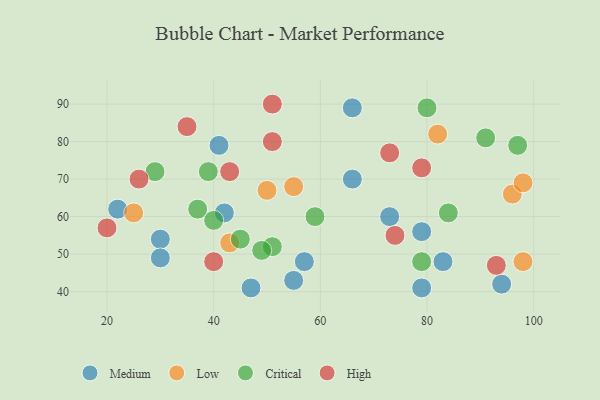
{"axis": {"x": "GDP", "y": "Life Expectancy"}, "legend": ["Critical", "High", "Low", "Medium"], "data": [{"x": "41", "y": 79, "type": "Medium"}, {"x": "30", "y": 54, "type": "Medium"}, {"x": "94", "y": 42, "type": "Medium"}, {"x": "79", "y": 41, "type": "Medium"}, {"x": "30", "y": 49, "type": "Medium"}, {"x": "22", "y": 62, "type": "Medium"}, {"x": "83", "y": 48, "type": "Medium"}, {"x": "42", "y": 61, "type": "Medium"}, {"x": "73", "y": 60, "type": "Medium"}, {"x": "47", "y": 41, "type": "Medium"}, {"x": "79", "y": 56, "type": "Medium"}, {"x": "57", "y": 48, "type": "Medium"}, {"x": "66", "y": 89, "type": "Medium"}, {"x": "66", "y": 70, "type": "Medium"}, {"x": "55", "y": 43, "type": "Medium"}, {"x": "43", "y": 53, "type": "Low"}, {"x": "25", "y": 61, "type": "Low"}, {"x": "96", "y": 66, "type": "Low"}, {"x": "82", "y": 82, "type": "Low"}, {"x": "50", "y": 67, "type": "Low"}, {"x": "55", "y": 68, "type": "Low"}, {"x": "98", "y": 69, "type": "Low"}, {"x": "98", "y": 48, "type": "Low"}, {"x": "80", "y": 89, "type": "Critical"}, {"x": "84", "y": 61, "type": "Critical"}, {"x": "37", "y": 62, "type": "Critical"}, {"x": "40", "y": 59, "type": "Critical"}, {"x": "51", "y": 52, "type": "Critical"}, {"x": "49", "y": 51, "type": "Critical"}, {"x": "29", "y": 72, "type": "Critical"}, {"x": "97", "y": 79, "type": "Critical"}, {"x": "39", "y": 72, "type": "Critical"}, {"x": "91", "y": 81, "type": "Critical"}, {"x": "59", "y": 60, "type": "Critical"}, {"x": "45", "y": 54, "type": "Critical"}, {"x": "79", "y": 48, "type": "Critical"}, {"x": "35", "y": 84, "type": "High"}, {"x": "26", "y": 70, "type": "High"}, {"x": "40", "y": 48, "type": "High"}, {"x": "51", "y": 90, "type": "High"}, {"x": "79", "y": 73, "type": "High"}, {"x": "73", "y": 77, "type": "High"}, {"x": "43", "y": 72, "type": "High"}, {"x": "51", "y": 80, "type": "High"}, {"x": "74", "y": 55, "type": "High"}, {"x": "20", "y": 57, "type": "High"}, {"x": "93", "y": 47, "type": "High"}]}